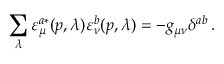
\sum _ { \lambda } \varepsilon _ { \mu } ^ { a \ast } ( p , \lambda ) \varepsilon _ { \nu } ^ { b } ( p , \lambda ) = - g _ { \mu \nu } \delta ^ { a b } \, .